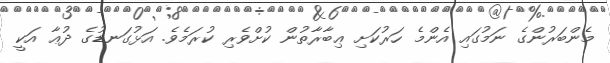
މެންބަރުންގެ ނަމުގައި އެންމެ ހަރުކަށި ޢިބާރާތުން ކުށްވެރި ކުރަމެވެ. އަޅުގަނޑުގެ ދުޢާ އަކީ